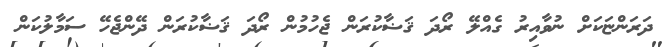
ދަރަންޏަކަށް ނުވާއިރު ގެއްލޭ ރޯދަ ޤަޟާކުރަން ޖެހުމުން ރޯދަ ޤަޟާކުރަން ދޭންޖެހޭ ސަމާލުކަން